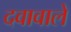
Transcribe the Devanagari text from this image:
दवावाले